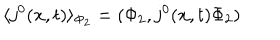
\langle j ^ { 0 } ( { \bf x } , t ) \rangle _ { \Phi _ { 2 } } = ( \Phi _ { 2 } , j ^ { 0 } ( { \bf x } , t ) \Phi _ { 2 } )